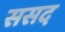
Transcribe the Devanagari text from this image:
ससद